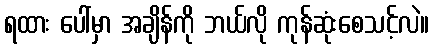
ရထား ပေါ်မှာ အချိန်ကို ဘယ်လို ကုန်ဆုံးစေသင့်လဲ။